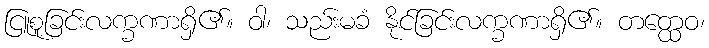
ငြူစူခြင်းလက္ခဏာရှိ၏။ ဝါ၊ သည်းမခံ နိုင်ခြင်းလက္ခဏာရှိ၏။ တတ္ထေဝ၊